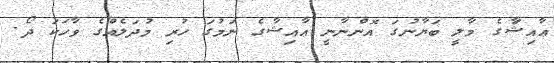
ޢާއިޝަާގެ މާލީ ބަޔާނުގަ އޮންނާނީ ޢާއިޝާގެ ނަމުގަ ހުރި މުދަލެއްގެ ވާހަކަ ދޯ.